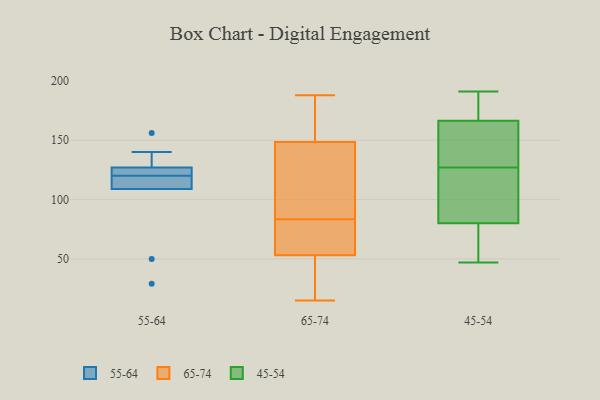
{"axis": {"x": "Net Income (USD K)", "y": "Value"}, "legend": ["45-54", "55-64", "65-74"], "data": [{"x": "", "y": 127, "type": "55-64"}, {"x": "", "y": 114, "type": "55-64"}, {"x": "", "y": 140, "type": "55-64"}, {"x": "", "y": 126, "type": "55-64"}, {"x": "", "y": 119, "type": "55-64"}, {"x": "", "y": 29, "type": "55-64"}, {"x": "", "y": 50, "type": "55-64"}, {"x": "", "y": 121, "type": "55-64"}, {"x": "", "y": 109, "type": "55-64"}, {"x": "", "y": 156, "type": "55-64"}, {"x": "", "y": 17, "type": "65-74"}, {"x": "", "y": 76, "type": "65-74"}, {"x": "", "y": 46, "type": "65-74"}, {"x": "", "y": 32, "type": "65-74"}, {"x": "", "y": 188, "type": "65-74"}, {"x": "", "y": 165, "type": "65-74"}, {"x": "", "y": 31, "type": "65-74"}, {"x": "", "y": 103, "type": "65-74"}, {"x": "", "y": 61, "type": "65-74"}, {"x": "", "y": 132, "type": "65-74"}, {"x": "", "y": 172, "type": "65-74"}, {"x": "", "y": 93, "type": "65-74"}, {"x": "", "y": 175, "type": "65-74"}, {"x": "", "y": 82, "type": "65-74"}, {"x": "", "y": 71, "type": "65-74"}, {"x": "", "y": 60, "type": "65-74"}, {"x": "", "y": 15, "type": "65-74"}, {"x": "", "y": 175, "type": "65-74"}, {"x": "", "y": 85, "type": "65-74"}, {"x": "", "y": 122, "type": "65-74"}, {"x": "", "y": 191, "type": "45-54"}, {"x": "", "y": 75, "type": "45-54"}, {"x": "", "y": 161, "type": "45-54"}, {"x": "", "y": 47, "type": "45-54"}, {"x": "", "y": 115, "type": "45-54"}, {"x": "", "y": 85, "type": "45-54"}, {"x": "", "y": 139, "type": "45-54"}, {"x": "", "y": 88, "type": "45-54"}, {"x": "", "y": 148, "type": "45-54"}, {"x": "", "y": 61, "type": "45-54"}, {"x": "", "y": 62, "type": "45-54"}, {"x": "", "y": 165, "type": "45-54"}, {"x": "", "y": 168, "type": "45-54"}, {"x": "", "y": 168, "type": "45-54"}, {"x": "", "y": 185, "type": "45-54"}, {"x": "", "y": 187, "type": "45-54"}, {"x": "", "y": 90, "type": "45-54"}, {"x": "", "y": 159, "type": "45-54"}, {"x": "", "y": 75, "type": "45-54"}, {"x": "", "y": 105, "type": "45-54"}]}